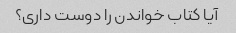
آیا کتاب خواندن را دوست داری؟